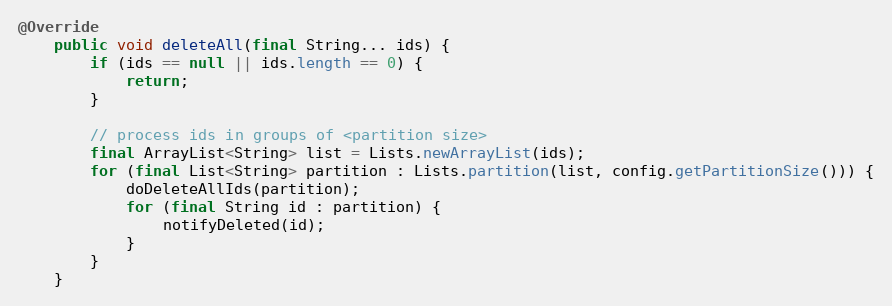
Language: Java
@Override
    public void deleteAll(final String... ids) {
        if (ids == null || ids.length == 0) {
            return;
        }

        // process ids in groups of <partition size>
        final ArrayList<String> list = Lists.newArrayList(ids);
        for (final List<String> partition : Lists.partition(list, config.getPartitionSize())) {
            doDeleteAllIds(partition);
            for (final String id : partition) {
                notifyDeleted(id);
            }
        }
    }